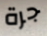
جرة